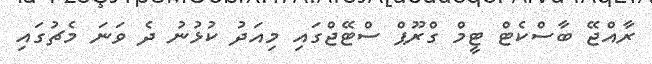
ރާއްޖޭ ބާސްކެޓް ޓީމް ގްރޫޕް ސްޓޭޖްގައި މިއަދު ކުޅުނު ދެ ވަނަ މެޗުގައި